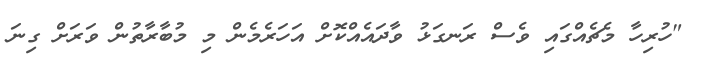
"ހުރިހާ މެޗެއްގައި ވެސް ރަނގަޅު ވާދައެއްކޮށް އަހަރެމެން މި މުބާރާތުން ވަރަށް ގިނަ